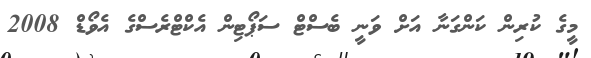
މީގެ ކުރިން ކަންގަނާ އަށް ވަނީ ބެސްޓް ސަޕޯޓިން އެކްޓްރެސްގެ އެވޯޑް 2008